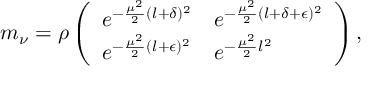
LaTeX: m _ { \nu } = \rho \left( \begin{array} { l l } { { e ^ { - \frac { \mu ^ { 2 } } { 2 } ( l + \delta ) ^ { 2 } } } } & { { e ^ { - \frac { \mu ^ { 2 } } { 2 } ( l + \delta + \epsilon ) ^ { 2 } } } } \\ { { e ^ { - \frac { \mu ^ { 2 } } { 2 } ( l + \epsilon ) ^ { 2 } } } } & { { e ^ { - \frac { \mu ^ { 2 } } { 2 } l ^ { 2 } } } } \end{array} \right) ,